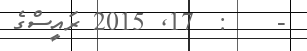
-    :  17